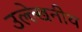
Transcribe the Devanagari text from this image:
उल्‍ल्‍ेखनीय